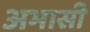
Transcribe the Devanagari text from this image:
अभासी